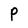
Character: P